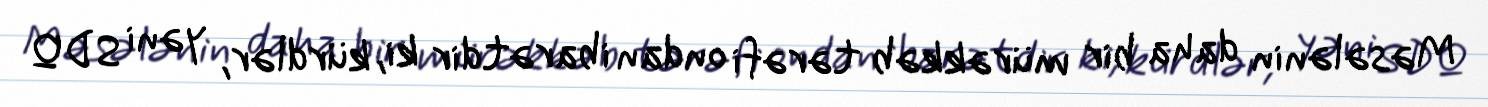
Məsələnin daha bir mürəkkəb tərəfi ondan ibarətdir ki, kürdlər, yəni SDQ